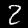
Digit: 2